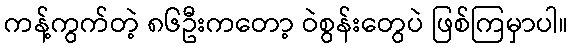
ကန့်ကွက်တဲ့ ၈၆ဦးကတော့ ဝဲစွန်းတွေပဲ ဖြစ်ကြမှာပါ။